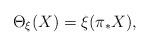
LaTeX: \begin{align*}\Theta_{\xi}(X) = \xi(\pi_{*} X), \end{align*}